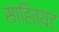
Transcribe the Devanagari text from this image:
साहित्यट